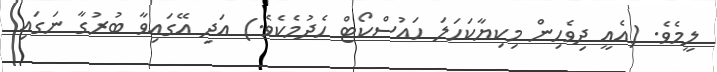
ލީމެވެ. (އެއީ ދިވެހިން މިކިޔާކަހަލަ ހައުސްކޯޓް ހެދުމެކެވެ.) އަދި އޭގައިވާ ބުރުގާ ނަގައި